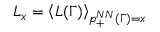
L _ { x } = \left< L ( \Gamma ) \right> _ { p _ { + } ^ { N N } ( \Gamma ) = x }